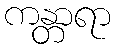
ကန္တာရာ